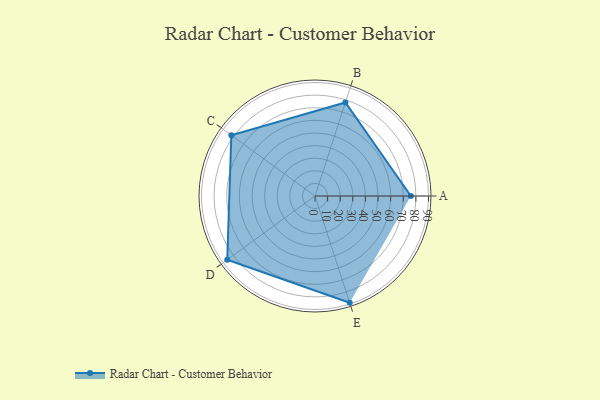
{"axis": {"x": "Skill", "y": "Score"}, "legend": ["Profile"], "data": [{"x": "A", "y": 76.0, "type": "Profile"}, {"x": "B", "y": 78.0, "type": "Profile"}, {"x": "C", "y": 82.0, "type": "Profile"}, {"x": "D", "y": 86.0, "type": "Profile"}, {"x": "E", "y": 89.0, "type": "Profile"}]}